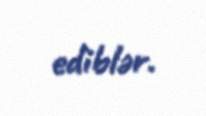
ediblər.